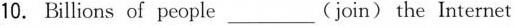
10.Billions of people ___ (join) the Internet